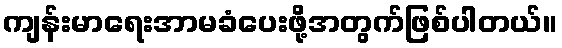
ကျန်းမာရေးအာမခံပေးဖို့အတွက်ဖြစ်ပါတယ်။